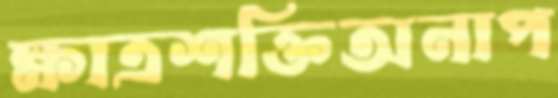
ক্ষাত্রশক্তিঅনাপ